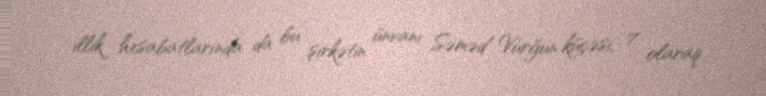
illik hesabatlarında da bu şirkətin ünvanı Səməd Vurğun küçəsi, 7 olaraq